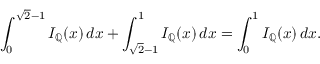
\int _ { 0 } ^ { { \sqrt { 2 } } - 1 } I _ { \mathbb { Q } } ( x ) \, d x + \int _ { { \sqrt { 2 } } - 1 } ^ { 1 } I _ { \mathbb { Q } } ( x ) \, d x = \int _ { 0 } ^ { 1 } I _ { \mathbb { Q } } ( x ) \, d x .